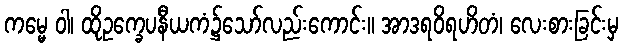
ကမ္မေ ဝါ၊ ထိုဥက္ခေပနီယကံ၌သော်လည်းကောင်း။ အာဒရဝိရဟိတံ၊ လေးစားခြင်းမှ